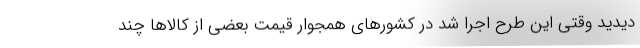
دیدید وقتی این طرح اجرا شد در کشورهای همجوار قیمت بعضی از کالاها چند